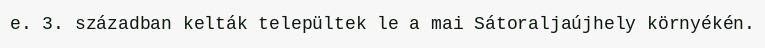
e. 3. században kelták települtek le a mai Sátoraljaújhely környékén.